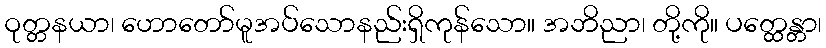
ဝုတ္တနယာ၊ ဟောတော်မူအပ်သောနည်းရှိကုန်သော။ အဘိညာ၊ တို့ကို။ ပတ္ထေန္တာ၊